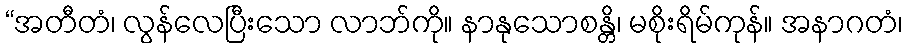
“အတီတံ၊ လွန်လေပြီးသော လာဘ်ကို။ နာနုသောစန္တိ၊ မစိုးရိမ်ကုန်။ အနာဂတံ၊